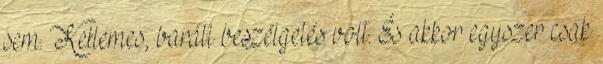
sem. Kellemes, baráti beszélgetés volt. És akkor egyszer csak